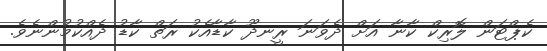
ކެޕްޓަން ލޮރިކް ކާނާ އަށް ދެވަނަ ރީނދޫ ކާޑާއެކު ރަތް ކާޑު ދެއްކުމުންނެވެ.